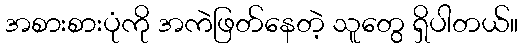
အစားစားပုံကို အကဲဖြတ်နေတဲ့ သူတွေ ရှိပါတယ်။